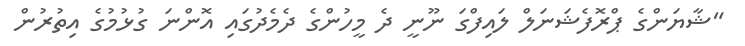
"ޝާޔަންގެ ޕްރޮފެޝަނަލް ލައިފްގަ ނޫނީ ދެ މީހުންގެ ދެމެދުގައި އޮންނަ ގުޅުމުގެ އިތުރުން